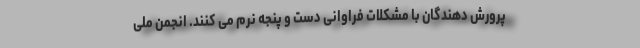
پرورش دهندگان با مشکلات فراوانی دست و پنجه نرم می کنند. انجمن ملی